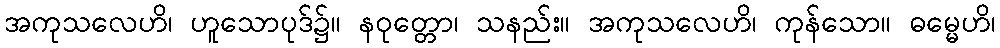
အကုသလေဟိ၊ ဟူသောပုဒ်၌။ နဝုတ္တော၊ သနည်း။ အကုသလေဟိ၊ ကုန်သော။ ဓမ္မေဟိ၊